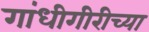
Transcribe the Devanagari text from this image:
गांधीगीरीच्या